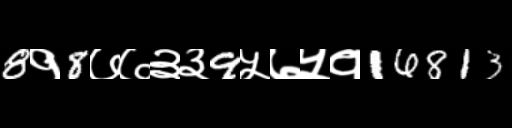
Text: 8१8७७३३9५७५१16813